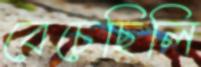
বেচেছিলি